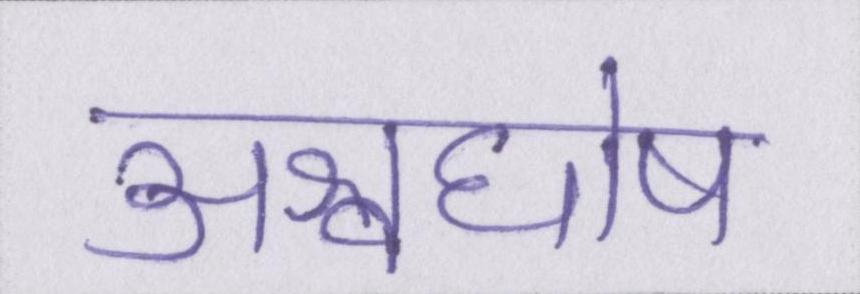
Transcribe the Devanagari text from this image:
अश्वघोष